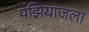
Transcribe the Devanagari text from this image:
पेंझियाजला